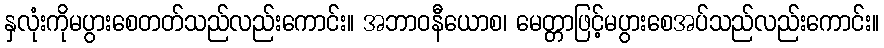
နှလုံးကိုမပွားစေတတ်သည်လည်းကောင်း။ အဘာဝနီယောစ၊ မေတ္တာဖြင့်မပွားစေအပ်သည်လည်းကောင်း။